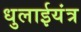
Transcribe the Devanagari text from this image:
धुलाईयंत्र